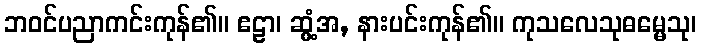
ဘဝင်ပညာကင်းကုန်၏။ ဧဠာ၊ ဆွံ့အ, နားပင်းကုန်၏။ ကုသလေသုဓမ္မေသု၊